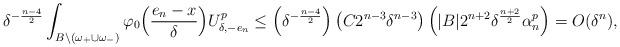
LaTeX: \begin{align*}\delta^{-\frac{n-4}{2}}\int_{{B}\backslash(\omega_+\cup \omega_-)}\varphi_0\Big(\frac{e_n-x}{\delta}\Big)U_{\delta,-e_n}^p\leq \left(\delta^{-\frac{n-4}{2}}\right)\left(C2^{n-3}\delta^{n-3}\right)\left(|{B}| 2^{n+2}\delta^{\frac{n+2}{2}}\alpha_n^p\right)=O(\delta^n),\end{align*}